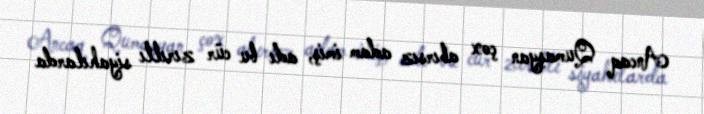
Ancaq Qumaşyan çox abırsız adam imiş, adı bu cür zırıltı siyahılarda